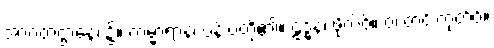
အာဂတဌာနေ၊ ၌။ ကမ္မာရာနံ၊ ပန်းပဲတို့၏။ ဠဒ္ဓနံ၊ ဖိုလ်ဝ်။ ဝံ၊ တင်းကုတ်ဝ်။